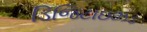
ડિજિટાઇઝડ